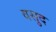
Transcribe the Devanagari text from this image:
वसुद